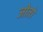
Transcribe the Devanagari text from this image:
जोतो